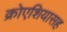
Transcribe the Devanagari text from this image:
क्रोएशियासह